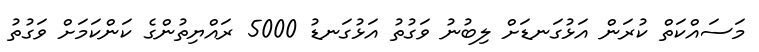
މަސައްކަތް ކުރަން އަޅުގަނޑަށް ލިބުނު ވަގުތު އަޅުގަނޑު 5000 ރައްޔިތުންގެ ކަންކަމަށް ވަގުތު